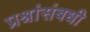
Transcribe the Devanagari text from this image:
प्रश्नांसंबधी